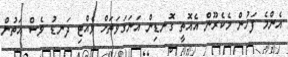
އެންމެ ފަހުން މެކެރޫން އެއޮތީ ގޮނޑިން އަނަގަވަތަށް ވެއްޓި ދަނޑު ވެސް އަތުން